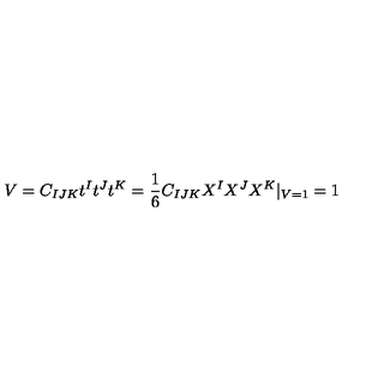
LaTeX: V = C _ { I J K } t ^ { I } t ^ { J } t ^ { K } = \frac { 1 } { 6 } C _ { I J K } X ^ { I } X ^ { J } X ^ { K } | _ { V = 1 } = 1